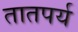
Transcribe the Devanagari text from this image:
तातपर्य